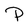
Character: P